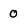
Character: 0